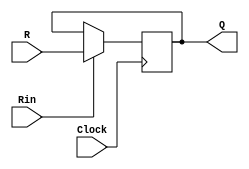
//Function:Register,posedge clock active.
module regn(R,Rin,Clock,Q);
    parameter n = 16;
    input[n-1:0] R;
    input Rin,Clock;
    output[n-1:0] Q;
    reg [n-1:0] Q;

always @(posedge Clock)
    if(Rin) 
  Q <= R;
endmodule